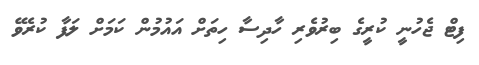
ފިޓް ޖެހުނީ ކުރީގެ ބިރުވެރި ހާދިސާ ހިތަށް އައުމުން ކަމަށް ލަފާ ކުރެވޭ